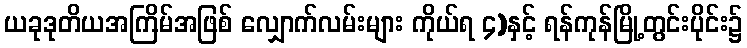
ယခုဒုတိယအကြိမ်အဖြစ် လျှောက်လမ်းများ ကိုယ်ရ ၄)နှင့် ရန်ကုန်မြို့တွင်းပိုင်း၌